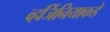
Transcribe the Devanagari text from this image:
व्हर्जिनियाकडे